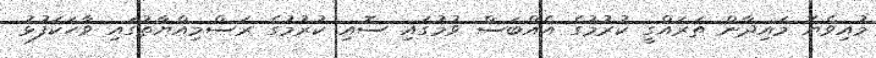
މުއިވެޔޮ މައިދާން ތަރައްގީ ކުރުމުގެ އެއްބަސް ވުމުގައި ސޮއި ކުރުމުގެ ރަސްމިއްޔާތުގައި ވާހަކަފުޅު